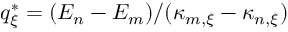
q _ { \xi } ^ { * } = ( E _ { n } - E _ { m } ) / ( \kappa _ { m , \xi } - \kappa _ { n , \xi } )